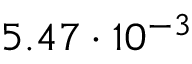
5 . 4 7 \cdot 1 0 ^ { - 3 }